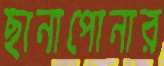
ছানাপোনার